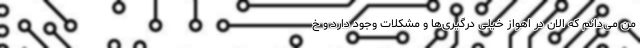
من می‌دانم که الان در اهواز خیلی درگیری‌ها و مشکلات وجود دارد و خ